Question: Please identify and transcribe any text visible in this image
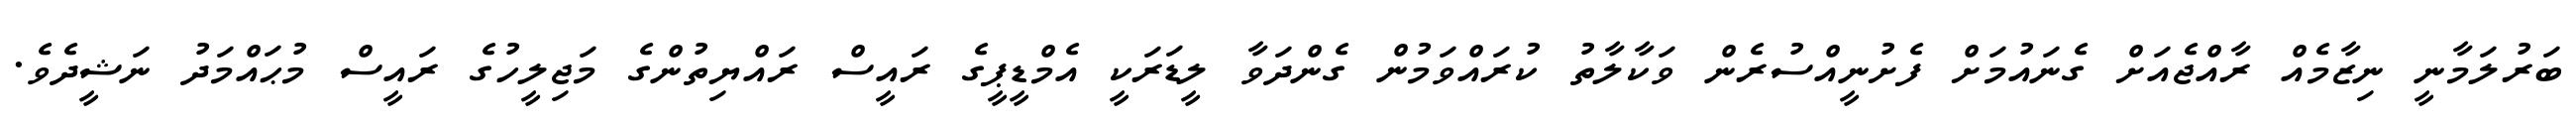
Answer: ބަރުލަމާނީ ނިޒާމެއް ރާއްޖެއަށް ގެނައުމަށް ފެށުނީއްސުރެން ވަކާލާތު ކުރައްވަމުން ގެންދަވާ ލީޑަރަކީ އެމްޑީޕީގެ ރައީސް ރައްޔިތުންގެ މަޖިލީހުގެ ރައީސް މުޙައްމަދު ނަޝީދެވެ.